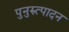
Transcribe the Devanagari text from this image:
पुनुरुत्पादन